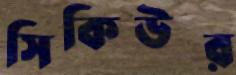
সিকিউর